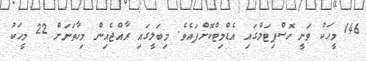
146 މީހަކު ވަނީ ހޮސްޕިޓަލްގައި އެޑްމިޓްކޮށްފައެވެ. މިބަލީގައި ރާއްޖެއިން މިހާތަނަށް 22 މީހަކު